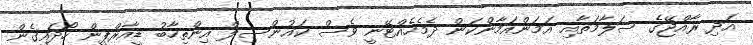
އަދި ރާއްޖޭގެ ސަލާމަތާއި އަމަންއަމާންކަން ދެމެހެއްޓޭނީ ވެސް ކައުންސިލް އިންތިހާބު ޑީއާރްޕީން ހޯދައިގެން